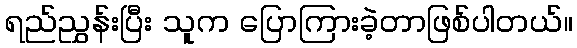
ရည်ညွှန်းပြီး သူက ပြောကြားခဲ့တာဖြစ်ပါတယ်။